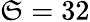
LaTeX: \mathfrak{S}=32